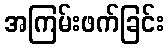
အကြမ်းဖက်ခြင်း